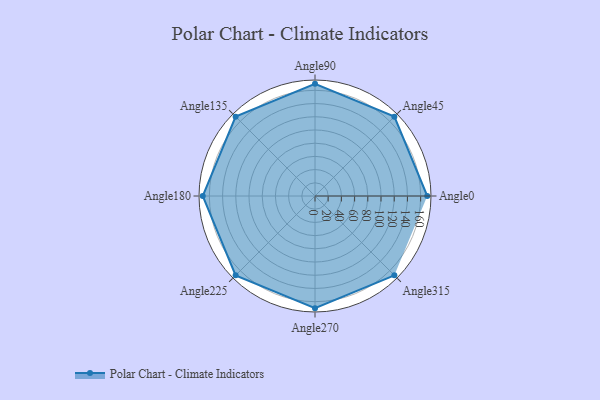
{"axis": {"x": "Angle", "y": "Radius"}, "legend": [""], "data": [{"x": "Angle0", "y": 170, "type": ""}, {"x": "Angle45", "y": 170, "type": ""}, {"x": "Angle90", "y": 170, "type": ""}, {"x": "Angle135", "y": 170, "type": ""}, {"x": "Angle180", "y": 170, "type": ""}, {"x": "Angle225", "y": 170, "type": ""}, {"x": "Angle270", "y": 170, "type": ""}, {"x": "Angle315", "y": 170, "type": ""}]}